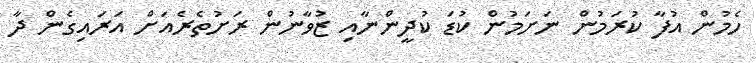
ހެމުން އުފާ ކުރަމުން ނަށަމުން ކުޑަ ކުދީންނާއި ޒުވާނުން ރަށުތެރެއަށް އަރައިގެން ދާ